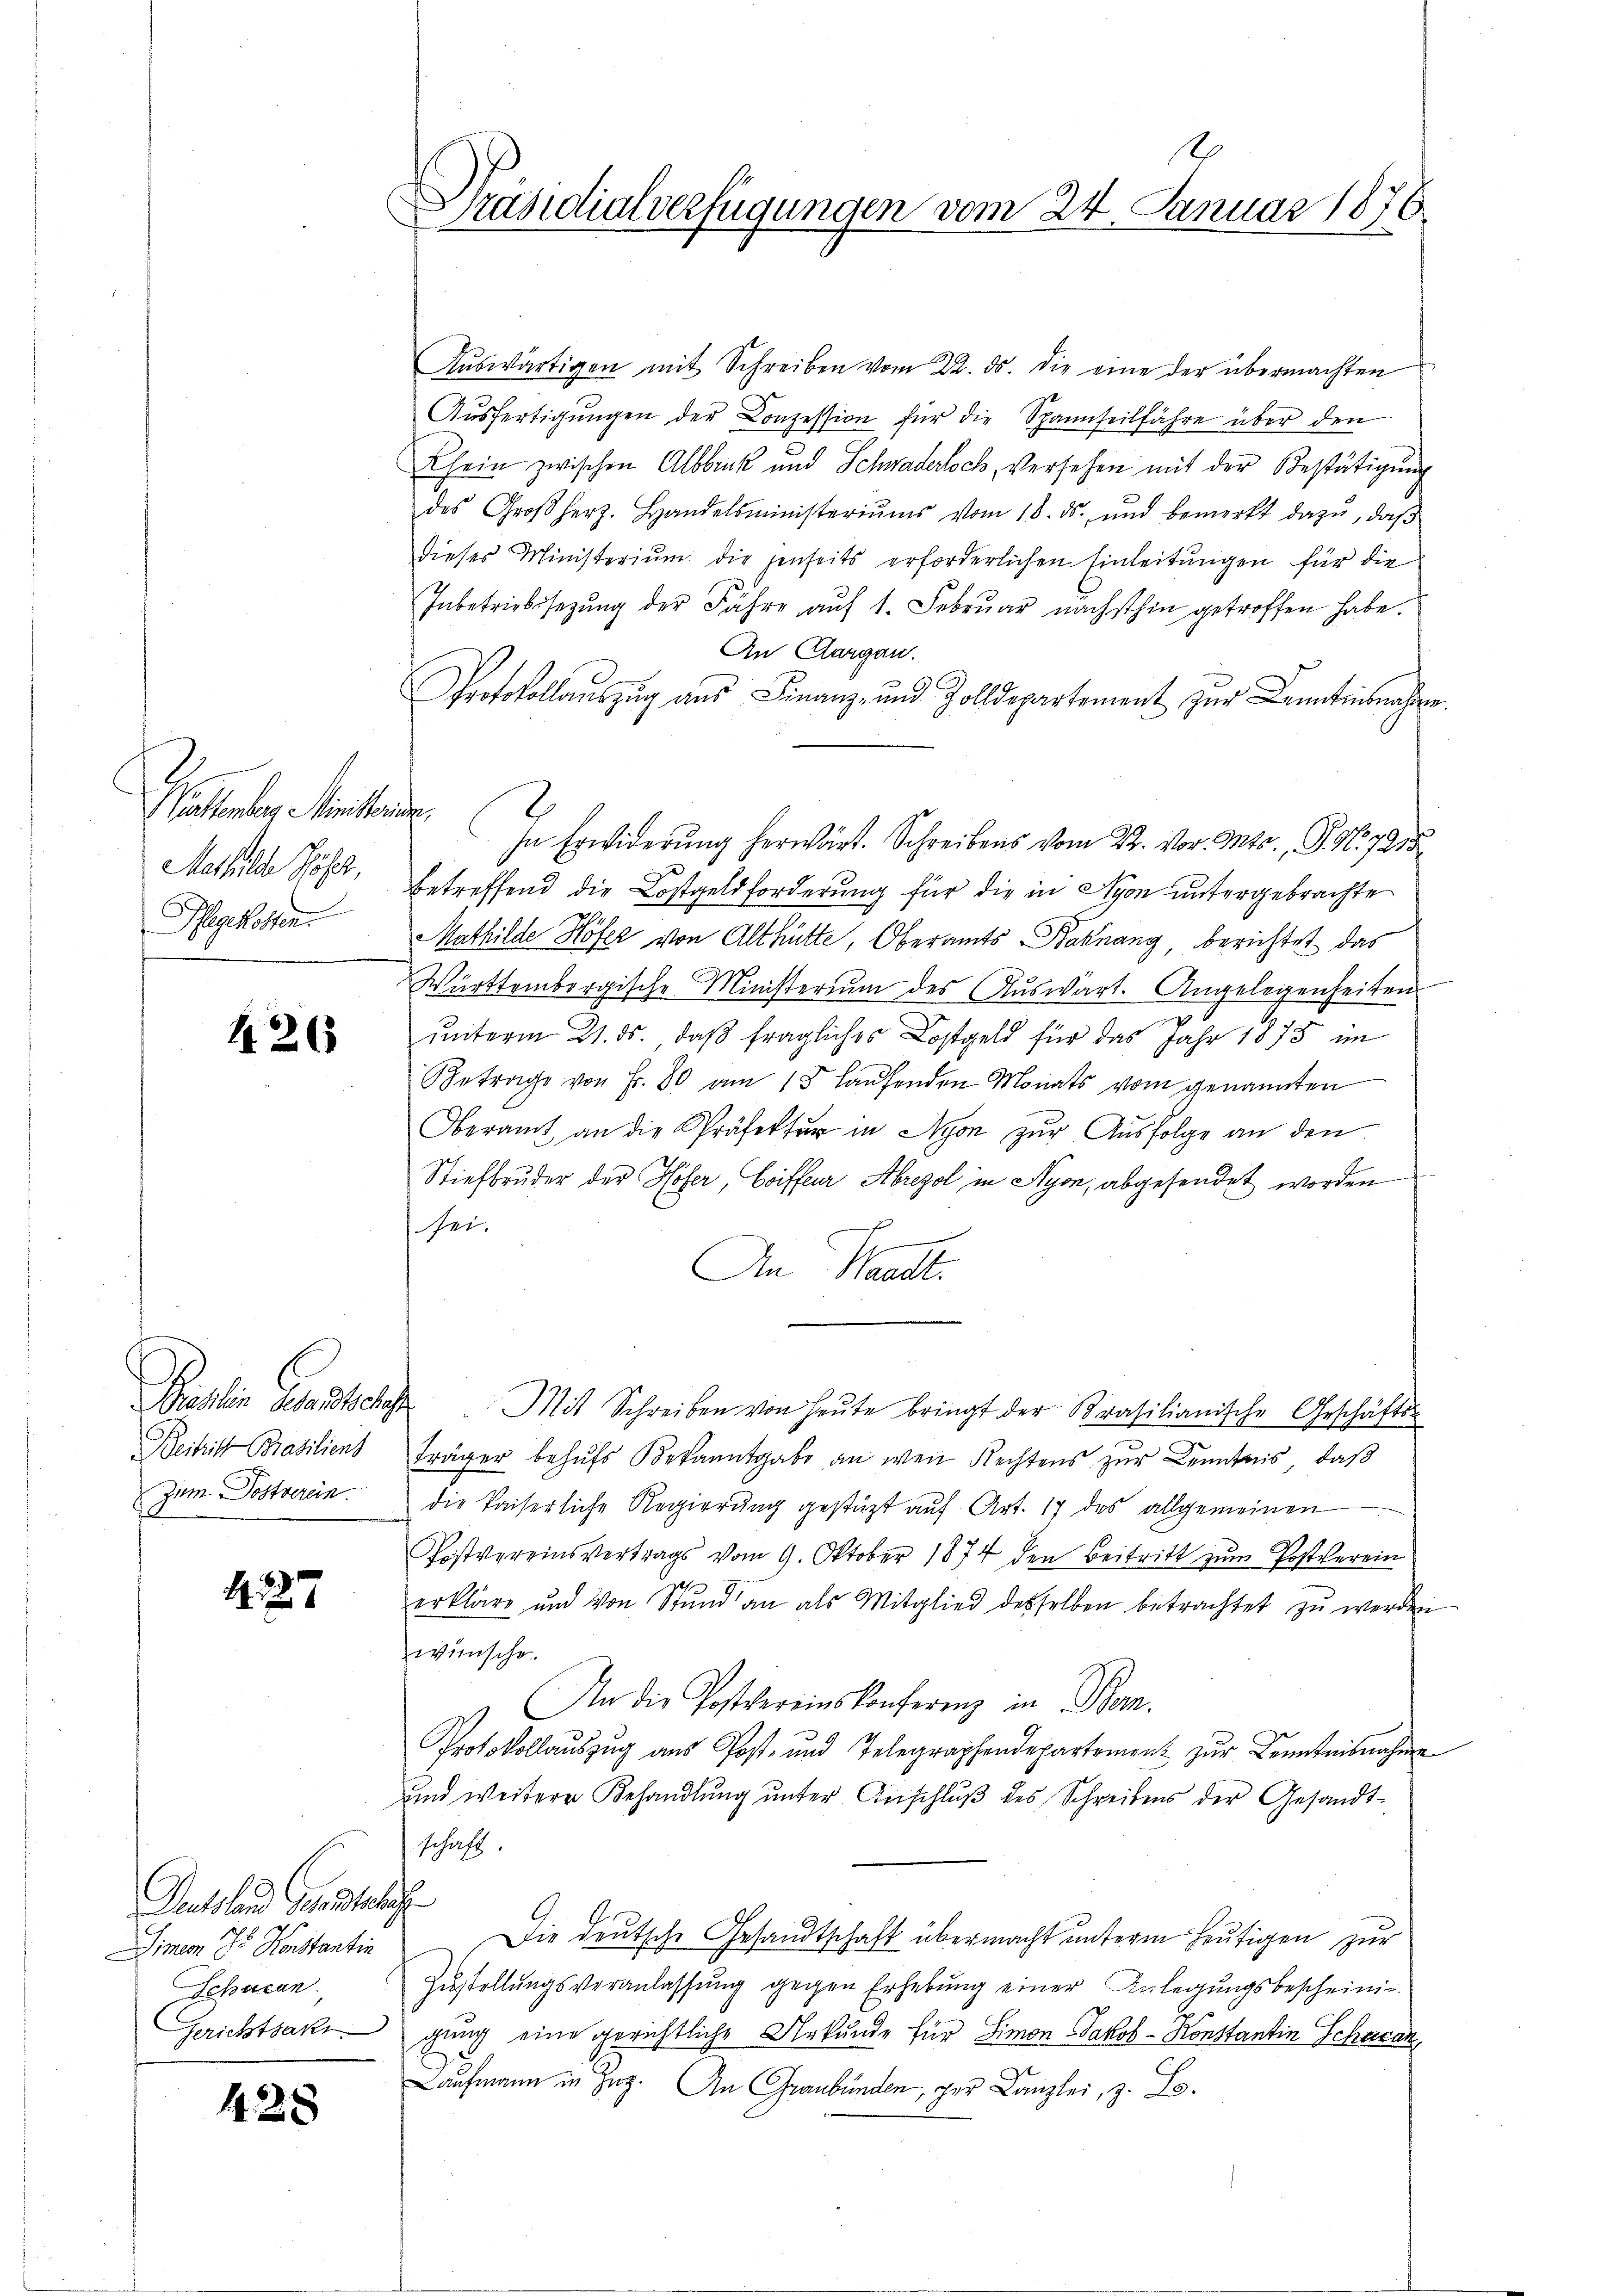
Wattenberg Ministerie
Mathilde höher,
.
Pflegekosten.

1265

Zum Postverein.

127

Dussland Gesandtnus
Simeon Sr. Konstantin
Schacan

428

Präsidialverfügungen vom 24. Januar 1876

Aŭswärtigen mit Schreiben vom 22. ds. die eine der übermachten
Ausfertigungen der Conzession für die Spannseilfahre über den
Chein zwischen Albbruck und Schwaderloch, versehen mit der Bestätigung
des Großherz. Handelsministeriŭms vom 18. ds. ŭnd bemerkt dazu, daβ
dieses Ministerium die jenseits erforderlichen Einleitungen für die
Inbetriebssezung der Fähre auf 1. Februar nächsthin getroffen habe.
An Aargau.
Protokollauszug aus Finanz- und Zolldepartement zur Kenntnisnahmen.
 Erwiderŭng her Schr...... 715
betreffend die Kostgeldforderung für die in Ayon untergebrachte
Mathilde Höfer von Althütte, Oberamts-Kaknang, berichtet das
Württembergische Ministerium des Auswärt. Angelegenheiten
ŭnterm 21. ds. daß fragliches Lostgeld für das Jahr 1875 im
Betrage von Fr. 80 am 15 Laŭfenden Monats vom genannten
Oberamt an die Präfektur in Nyon zur Ausfolge an den
Stiefbruder der Höher, Coiffeur Abrezol in Nyon, abgesendet worden
sei.
An Waadt.
Bieslin Gesandtschaft. Mit Schreiben von heŭte bringt der Krasilianische Geschäfts¬
Beitritt Brasiliens Fräger behŭfs Bekanntgabe an wen Rechtens zŭr Kenntnis, daβ
die kaiserliche Regierung gestützt auf Art. 17 des allgemeinen
Postvereinsvertrags vom 9. Oktober 1874 den Beitritt zum Postverein
erklärt und von Stŭnd an als Mitglied desselben betrachtet zŭ werden
wünsche.
An die Postvereinskonferenz in Bern.
Protokollauszug aus Post- und Telegraphendepartement zŭr Kenntnisnahme
und weitere Behandlung unter Anschluß des Schreibens der Gesandtschaft.
Die deutsche Gesandtschaft übermacht unterm heutigen zur
Zustellungsveranlassung gegen Erhebung einer Anlegungsbescheinig
Gerichtsakt gung eine gerichtliche Ankunde für Limon Jakob - Konstantin Schacan
aufmann in Zug. An Graubünden, der Kanzlei, z. Lo¬